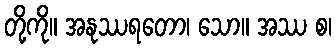
တို့ကို။ အနုဿရတော၊ သော။ အဿ စ၊